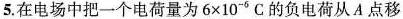
5.在电场中把一个电荷量为$$6 × 10 ^{ - 6 }$$C的负电荷从A点移